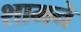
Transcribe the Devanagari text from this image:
शामने